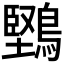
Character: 𪅤